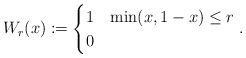
\begin{align*}W_r(x) := \begin{cases} 1 & \min(x, 1-x)\le r\\ 0 &\end{cases}.\end{align*}